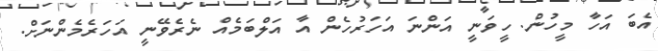
އެބަ އަހާ މީހުން. ހީވަނީ އަންނަ އަހަރުހެން އާ އަލްބަމެއް ނެރެވޭނީ އަހަރެމެންނަށް.